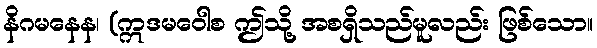
နိဂမနေန၊ (ဣဒမဝေါစ ဤသို့ အစရှိသည်မူလည်း ဖြစ်သော။